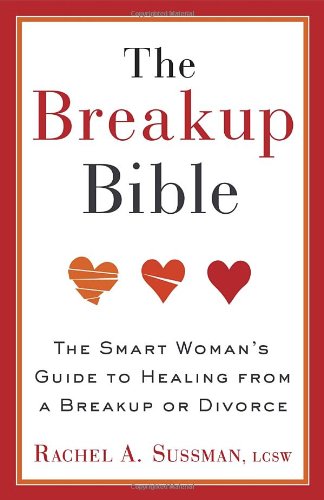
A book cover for The Breakup Bible: The Smart Woman's Guide to Healing from a Breakup or Divorce; Rachel Sussman; Parenting & Relationships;